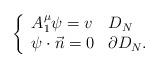
LaTeX: \begin{align*}\left\{\begin{array}{ll}A_1^{\mu}\psi=v &D_N\\ \psi\cdot \vec{n}=0 & \partial D_N.\end{array}\right.\end{align*}